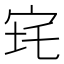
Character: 𡧪